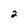
Character: 2